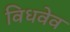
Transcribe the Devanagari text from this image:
विधवेव